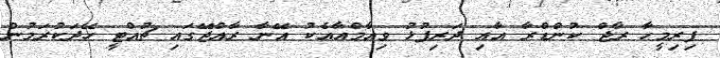
ފިރިމީހާ ރާޖް ކުންޑްރާ އާއި ދަރިފުޅު ވިއާމްއާއެކު އޭނާ ރާއްޖޭގައި ޗުއްޓީ ހޭދަކުރަމުން